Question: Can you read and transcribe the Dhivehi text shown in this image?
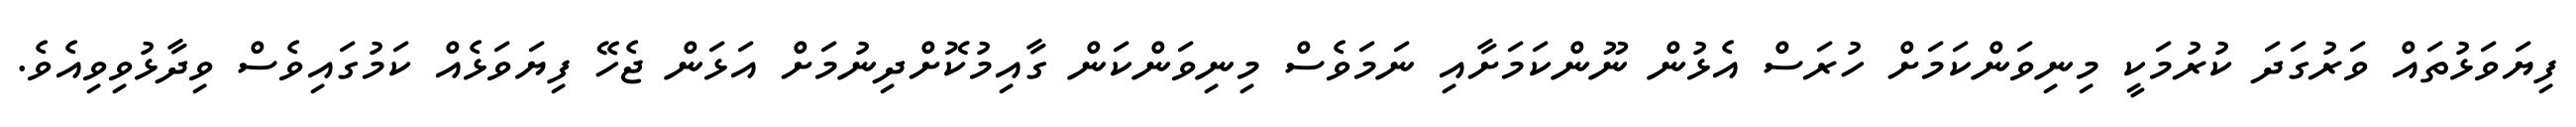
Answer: ފިޔަވަޅުތައް ވަރުގަދަ ކުރުމަކީ މިނިވަންކަމަށް ހުރަސް އެޅުން ނޫންކަމަށާއި ނަމަވެސް މިނިވަންކަން ގާއިމުކޮށްދިނުމަށް އަޅަން ޖެހޭ ފިޔަވަޅެއް ކަމުގައިވެސް ވިދާޅުވިވިއެވެ.